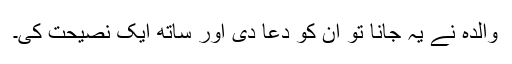
والدہ نے یہ جانا تو ان کو دعا دی اور ساتھ ایک نصیحت کی۔